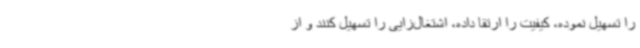
را تسهیل نموده، کیفیت را ارتقا داده، اشتغال‌زایی را تسهیل کنند و از